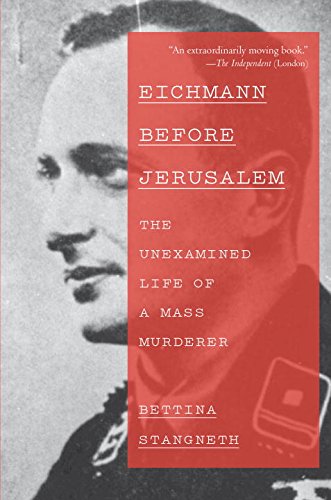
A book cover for Eichmann Before Jerusalem: The Unexamined Life of a Mass Murderer; Bettina Stangneth; History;